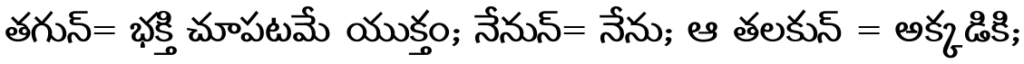
తగున్= భక్తి చూపటమే యుక్తం; నేనున్= నేను; ఆ తలకున్ = అక్కడికి;